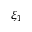
\xi _ { 1 }